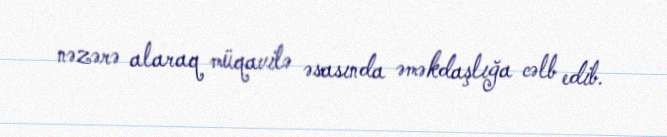
nəzərə alaraq müqavilə əsasında əməkdaşlığa cəlb edib.